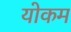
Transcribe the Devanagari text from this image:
योकम